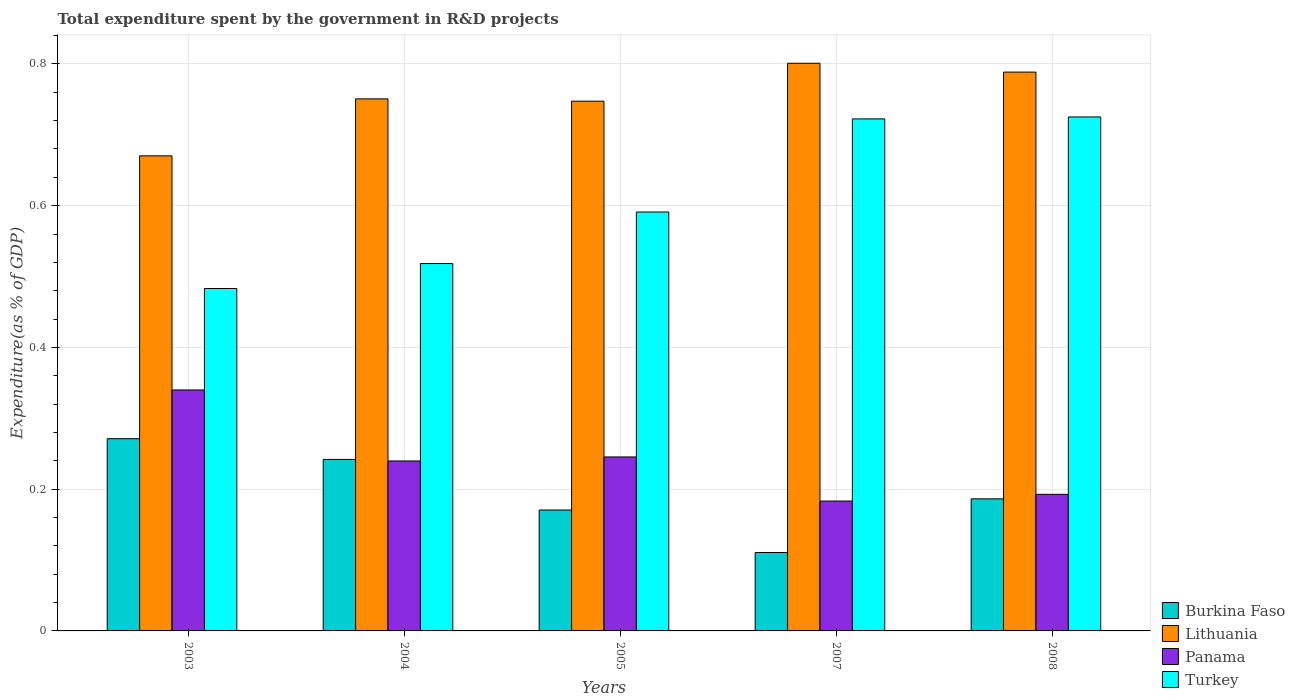
| Years | Burkina Faso | Lithuania | Panama | Turkey |
 | --- | --- | --- | --- | --- |
 | 2003 | 0.271 | 0.67 | 0.34 | 0.483 |
 | 2004 | 0.242 | 0.751 | 0.24 | 0.518 |
 | 2005 | 0.171 | 0.747 | 0.245 | 0.591 |
 | 2007 | 0.111 | 0.801 | 0.183 | 0.722 |
 | 2008 | 0.186 | 0.788 | 0.193 | 0.725 |